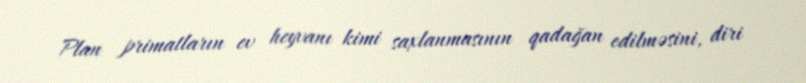
Plan primatların ev heyvanı kimi saxlanmasının qadağan edilməsini, diri